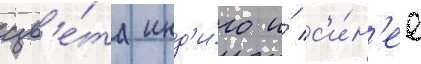
цв'е́та инд'и́го и́ с'и́н'ее